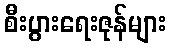
စီးပွားရေးဇုန်များ